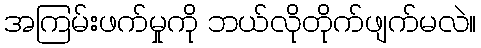
အကြမ်းဖက်မှုကို ဘယ်လိုတိုက်ဖျက်မလဲ။